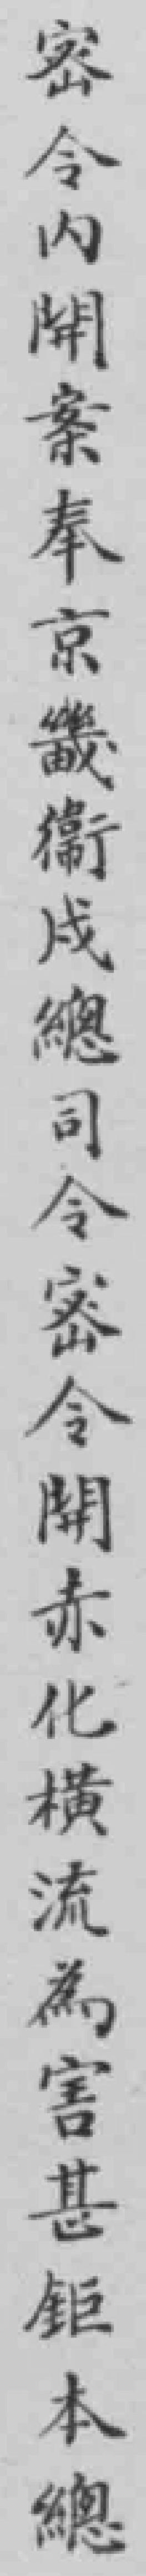
密令內開案奉京畿衛戍總司令密令開赤化橫流為害甚鉅本總